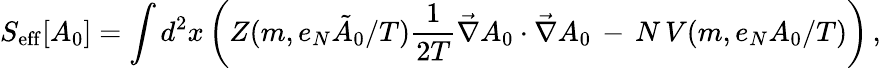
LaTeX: S_{\mathrm{eff}}[A_{0}]=\int d^{2}x\left(Z(m,e_{N}{\tilde{A}}_{0}/{{T}})\frac{1}{2T}\vec{\nabla}A_{0}\cdot\vec{\nabla}A_{0}\, -\, N\, V(m,e_{N}A_{0}/{T})\right)\, ,